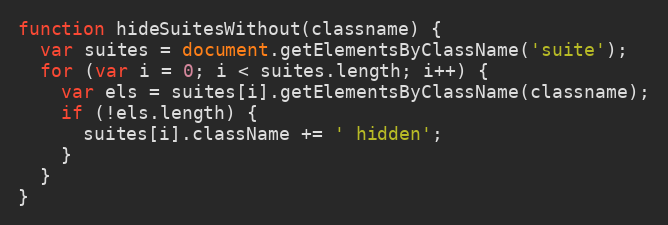
Language: JavaScript
function hideSuitesWithout(classname) {
  var suites = document.getElementsByClassName('suite');
  for (var i = 0; i < suites.length; i++) {
    var els = suites[i].getElementsByClassName(classname);
    if (!els.length) {
      suites[i].className += ' hidden';
    }
  }
}